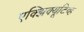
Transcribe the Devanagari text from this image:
एक्झिक्यूटिव्ह